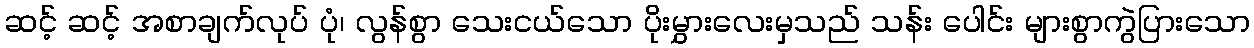
ဆင့် ဆင့် အစာချက်လုပ် ပုံ၊ လွန်စွာ သေးငယ်သော ပိုးမွှားလေးမှသည် သန်း ပေါင်း များစွာကွဲပြားသော